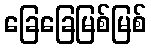
ခြေခြေမြစ်မြစ်